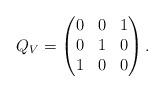
LaTeX: \begin{align*}Q_V = \begin{pmatrix} 0&0&1\\0&1&0\\ 1&0&0\end{pmatrix}.\end{align*}